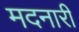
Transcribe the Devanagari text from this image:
मदनारी